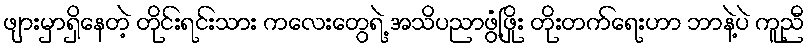
ဖျားမှာရှိနေတဲ့ တိုင်းရင်းသား ကလေးတွေရဲ့ အသိပညာဖွံ့ဖြိုး တိုးတက်ရေးဟာ ဘာနဲ့ပဲ ကူညီ